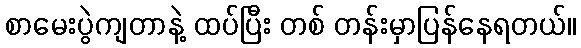
စာမေးပွဲကျတာနဲ့ ထပ်ပြီး တစ် တန်းမှာပြန်နေရတယ်။